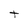
Character: t